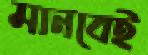
মানবেই